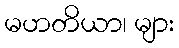
မဟတိယာ၊ များ